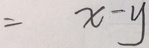
= x - y